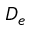
D _ { e }